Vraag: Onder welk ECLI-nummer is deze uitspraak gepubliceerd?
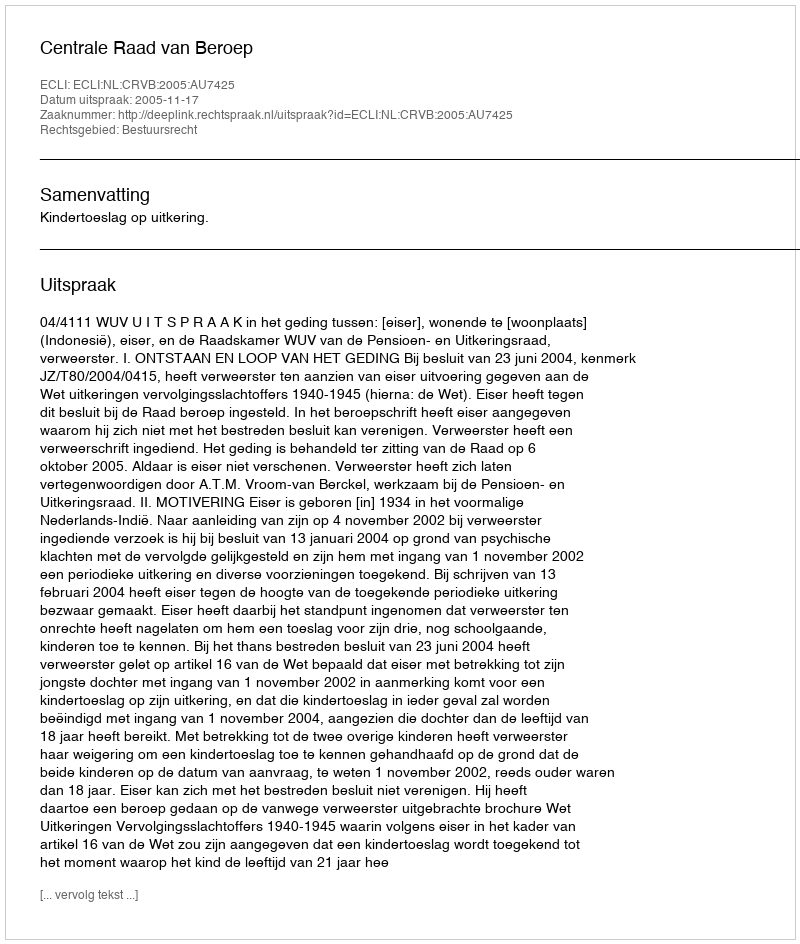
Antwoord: ECLI:NL:CRVB:2005:AU7425